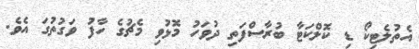
އެތުލެޓިކޯ ޑި ކޮލްކަޓާ ބުރާސްފަތި ދުވަހު މޮޅުވި މެޗުގެ ހާފު ވަގުތުގަ އެވެ.